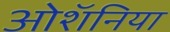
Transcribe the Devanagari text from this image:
ओशॅनिया